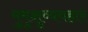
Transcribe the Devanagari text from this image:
मुमुक्षुव्यवहार